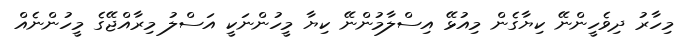
މިހާރު ދިވެހީންނޭ ކިޔާގެން މިއުޅޭ އިސްލާމުންނޭ ކިޔާ މީހުންނަކީ އަސްލު މިރާއްޖޭގެ މީހުންނެއް